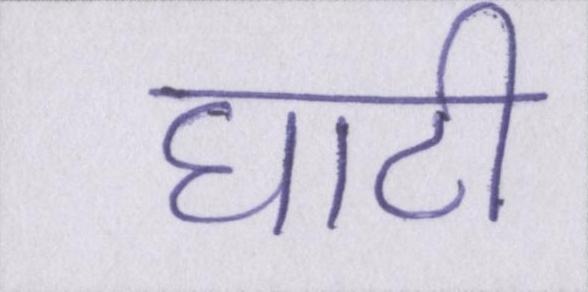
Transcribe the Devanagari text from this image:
घाटी